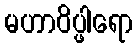
မဟာဝိပ္ဖါရော